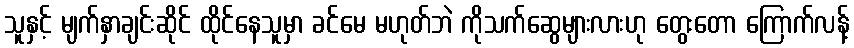
သူနှင့် မျက်နှာချင်းဆိုင် ထိုင်နေသူမှာ ခင်မေ မဟုတ်ဘဲ ကိုသက်ဆွေများလားဟု တွေးတော ကြောက်လန့်